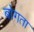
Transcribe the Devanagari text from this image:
बोगता